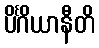
ပိင်္ဂိယာနီတိ